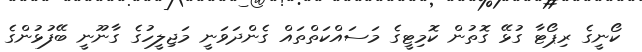
ކޯނީގެ ރިޕޯޓާ ގުޅޭ ގޮތުން ކޮމިޓީގެ މަސައްކަތްތައް ގެންދަވަނީ މަޖިލީހުގެ ގާނޫނީ ބޭފުޅުންގެ